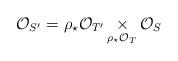
LaTeX: \begin{align*} \mathcal O_{S'} = \rho_\star \mathcal O_{T'} \mathop\times_{\rho_\star \mathcal O_T} \mathcal O_S\end{align*}